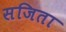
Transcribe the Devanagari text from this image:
सजिता